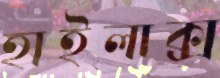
হাইলাক্স